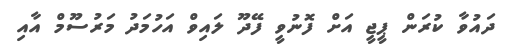
ދައުވާ ކުރަން ޕީޖީ އަށް ފޮނުވީ ފޭދޫ ލައިވް އަހުމަދު މަރުސޫމް އާއި